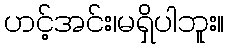
ဟင့်အင်း၊မရှိပါဘူး။